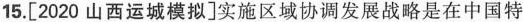
15.[2020山西运城模拟]实施区域协调发展战略是在中国特